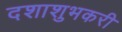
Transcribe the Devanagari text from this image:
दशाशुभकरी